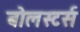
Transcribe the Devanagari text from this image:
बोलस्टर्स